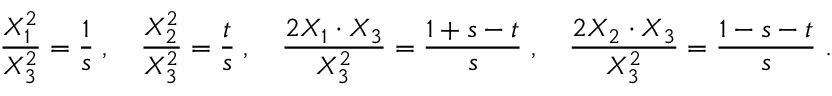
{ \frac { X _ { 1 } ^ { 2 } } { X _ { 3 } ^ { 2 } } } = { \frac { 1 } { s } } \; , \quad { \frac { X _ { 2 } ^ { 2 } } { X _ { 3 } ^ { 2 } } } = { \frac { t } { s } } \; , \quad { \frac { 2 X _ { 1 } \cdot X _ { 3 } } { X _ { 3 } ^ { 2 } } } = { \frac { 1 + s - t } { s } } \; , \quad { \frac { 2 X _ { 2 } \cdot X _ { 3 } } { X _ { 3 } ^ { 2 } } } = { \frac { 1 - s - t } { s } } \; .